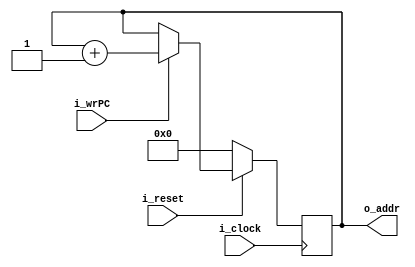
`timescale 1ns / 1ps

//////////////////////////////////////////////////////////////////////////////////////////////////
// Trabajo Practico Nro. 3. BIP I.
// Address Calculator.
// Integrantes: Kleiner Matias, Lopez Gaston.
// Materia: Arquitectura de Computadoras.
// FCEFyN. UNC.
// Anio 2018.
//////////////////////////////////////////////////////////////////////////////////////////////////

module address_calculator
#(
  parameter PC_CANT_BITS = 11,  // Cantidad de bits del PC.
  parameter SUM_DIR = 1         // Cantidad a sumar al PC para obtener la direccion siguiente.
)

(
  input i_clock,
  input i_reset,
  input i_wrPC,
  output [PC_CANT_BITS-1:0] o_addr
);

  reg [PC_CANT_BITS-1:0] reg_PC;




  always @(negedge i_clock) begin
    if (~i_reset) begin
      reg_PC <= 0;

    end
    else begin

      if (i_wrPC) begin  // Deteccion por flanco
        reg_PC <= reg_PC + SUM_DIR;
      end
      else begin
        reg_PC <= reg_PC;
      end
    end
 end
    assign o_addr = reg_PC;

endmodule